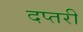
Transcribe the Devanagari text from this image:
दप्तरी